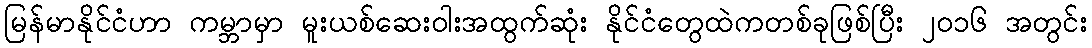
မြန်မာနိုင်ငံဟာ ကမ္ဘာမှာ မူးယစ်ဆေးဝါးအထွက်ဆုံး နိုင်ငံတွေထဲကတစ်ခုဖြစ်ပြီး ၂၀၁၆ အတွင်း